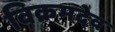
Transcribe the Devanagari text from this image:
विक्रमदेव